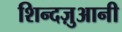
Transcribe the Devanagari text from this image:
शिन्दज़ुआनी